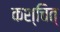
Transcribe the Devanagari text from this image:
कश्चित्‌